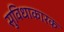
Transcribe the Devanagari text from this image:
सुविधाकारक